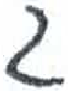
אות: ג